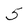
Character: 5